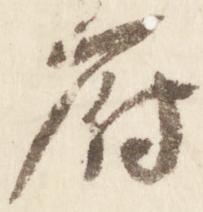
府